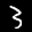
Label: 3